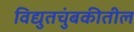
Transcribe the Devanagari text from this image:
विद्युतचुंबकीतील